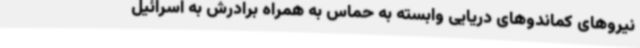
نیروهای کماندوهای دریایی وابسته به حماس به همراه برادرش به اسرائیل